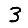
Digit: 3